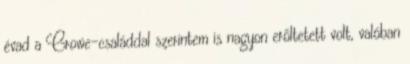
évad a Crowe-családdal szerintem is nagyon erőltetett volt, valóban